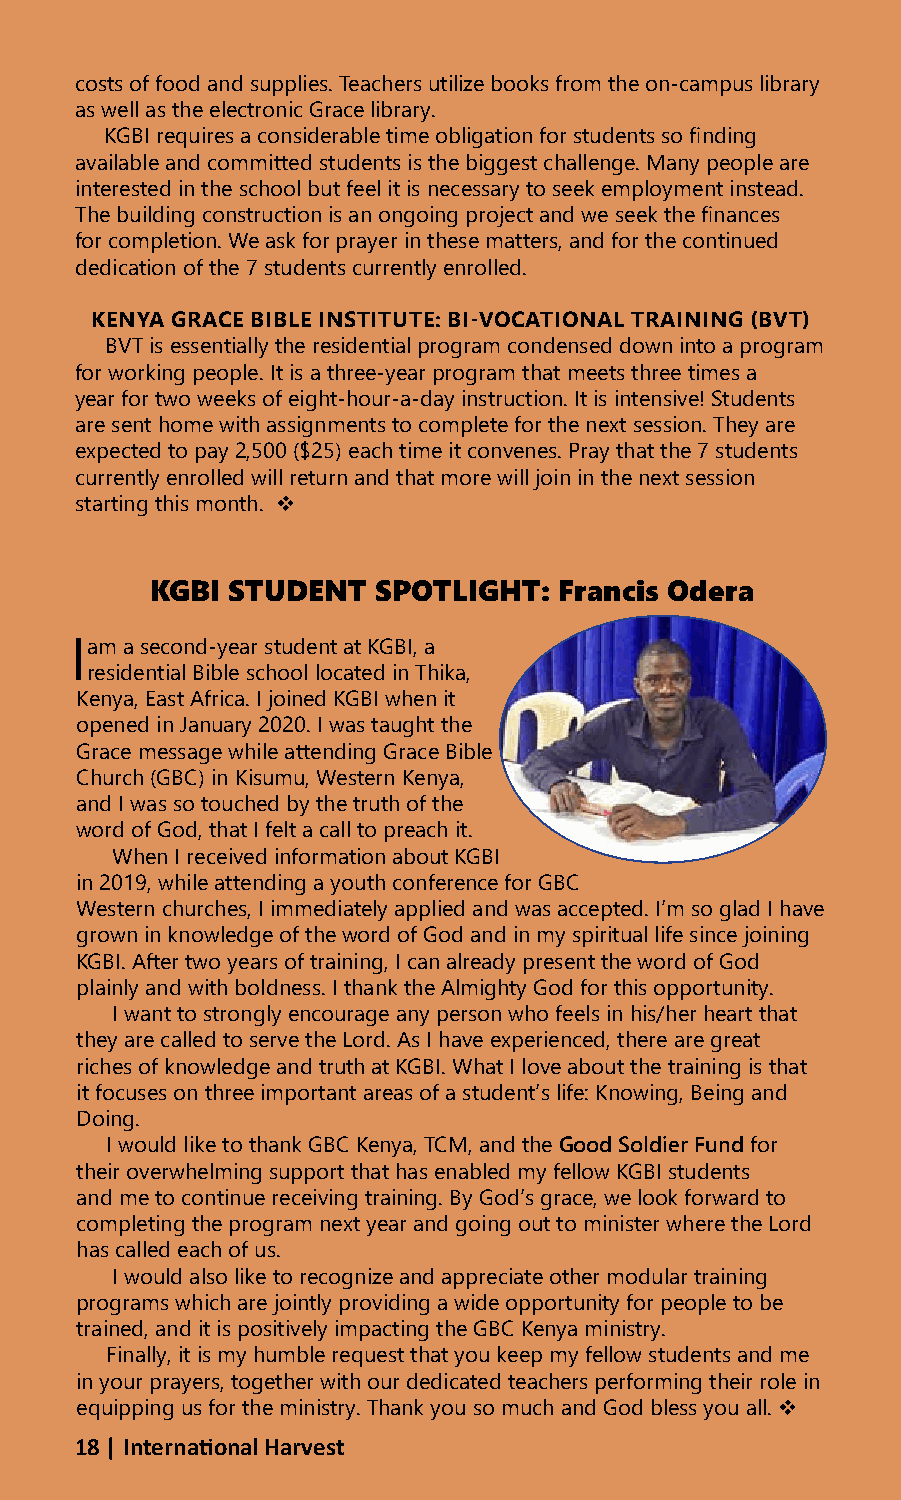
costs of food and supplies. Teachers utilize books from the on-campus library
 as well as the electronic Grace library.
 KGBI requires a considerable time obligation for students so finding
 available and committed students is the biggest challenge. Many people are
 interested in the school but feel it is necessary to seek employment instead.
 The building construction is an ongoing project and we seek the finances
 for completion. We ask for prayer in these matters, and for the continued
 dedication of the 7 students currently enrolled.
 KENYA GRACE BIBLE INSTITUTE: BI-VOCATIONAL TRAINING (BVT)
 BVT is essentially the residential program condensed down into a program
 for working people. It is a three-year program that meets three times a
 year for two weeks of eight-hour-a-day instruction. It is intensive! Students
 are sent home with assignments to complete for the next session. They are
 expected to pay 2,500 ($25) each time it convenes. Pray that the 7 students
 currently enrolled will return and that more will join in the next session
 starting this month. 
 KGBI STUDENT   SPOTLIGHT:  Francis Odera
 I am a second-year student at KGBI, a
 residential Bible school located in Thika,
 Kenya, East Africa. I joined KGBI when it
 opened in January 2020. I was taught the
 Grace message while attending Grace Bible
 Church (GBC) in Kisumu, Western Kenya,
 and I was so touched by the truth of the
 word of God, that I felt a call to preach it.
 When I received information about KGBI
 in 2019, while attending a youth conference for GBC
 Western churches, I immediately applied and was accepted. I’m so glad I have
 grown in knowledge of the word of God and in my spiritual life since joining
 KGBI. After two years of training, I can already present the word of God
 plainly and with boldness. I thank the Almighty God for this opportunity.
 I want to strongly encourage any person who feels in his/her heart that
 they are called to serve the Lord. As I have experienced, there are great
 riches of knowledge and truth at KGBI. What I love about the training is that
 it focuses on three important areas of a student’s life: Knowing, Being and
 Doing.
 I would like to thank GBC Kenya, TCM, and the Good Soldier Fund for
 their overwhelming support that has enabled my fellow KGBI students
 and me to continue receiving training. By God’s grace, we look forward to
 completing the program next year and going out to minister where the Lord
 has called each of us.
 I would also like to recognize and appreciate other modular training
 programs which are jointly providing a wide opportunity for people to be
 trained, and it is positively impacting the GBC Kenya ministry.
 Finally, it is my humble request that you keep my fellow students and me
 in your prayers, together with our dedicated teachers performing their role in
 equipping us for the ministry. Thank you so much and God bless you all. 
 18 | International Harvest